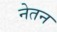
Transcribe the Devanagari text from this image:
नेतन